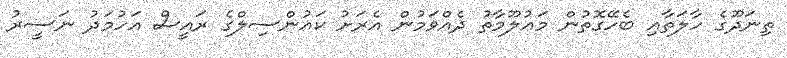
ތިނަދޫގެ ހާލަތާއި ބެހޭގޮތުން މަޢުލޫމާތު ދެއްވަމުން އެރަށު ކައުންސިލްގެ ރައީސް އަހުމަދު ނަސީރު